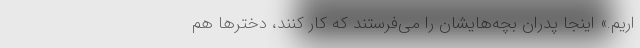
اریم.» اینجا پدران بچه‌هایشان را می‌فرستند که کار کنند، دخترها هم